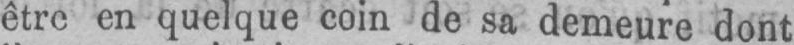
être en quelque coin de sa demeure dont